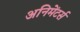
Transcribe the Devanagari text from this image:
अनिमेंटर्स